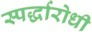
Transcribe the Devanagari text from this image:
स्पर्द्धारोधी